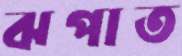
ঝপাত